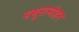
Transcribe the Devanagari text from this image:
मथुरामोहन